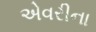
એવરીના